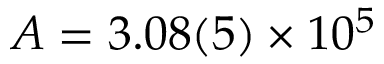
A = 3 . 0 8 ( 5 ) \times 1 0 ^ { 5 }